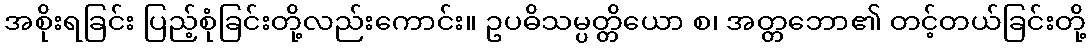
အစိုးရခြင်း ပြည့်စုံခြင်းတို့လည်းကောင်း။ ဥပဓိသမ္ပတ္တိယော စ၊ အတ္တဘော၏ တင့်တယ်ခြင်းတို့